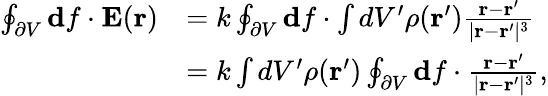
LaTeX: \begin{array}{rl}{\oint_{\partial V}\mathbf{d}f\cdot\mathbf{E}(\mathbf{r})}&{=k\oint_{\partial V}\mathbf{d}f\cdot\int dV^{\prime}\rho(\mathbf{r}^{\prime})\frac{\mathbf{r}-\mathbf{r}^{\prime}}{|\mathbf{r}-\mathbf{r}^{\prime}|^{3}}}\\ &{=k\int dV^{\prime}\rho(\mathbf{r}^{\prime})\oint_{\partial V}\mathbf{d}f\cdot\frac{\mathbf{r}-\mathbf{r}^{\prime}}{|\mathbf{r}-\mathbf{r}^{\prime}|^{3}},}\end{array}